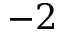
- 2